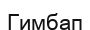
Гимбап